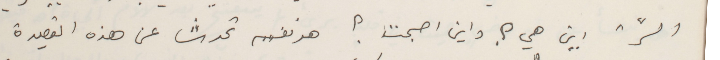
السرّ" اين هي ؟ واين اصبحت ؟ هو نفسه تحدث عن هذه القصيدة